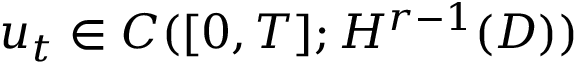
u _ { t } \in C ( [ 0 , T ] ; H ^ { r - 1 } ( D ) )